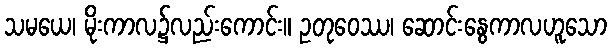
သမယေ၊ မိုးကာလ၌လည်းကောင်း။ ဥတုဝေဿ၊ ဆောင်းနွေကာလဟူသော